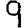
Digit: 9